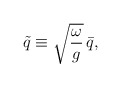
\begin{align*}\tilde{q}\equiv \sqrt{\omega\over g}\,\bar{q},\end{align*}